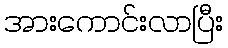
အားကောင်းလာပြီး